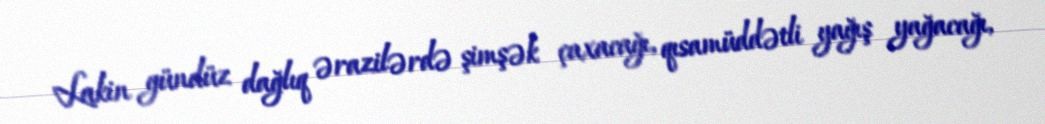
Lakin gündüz dağlıq ərazilərdə şimşək çaxacağı, qısamüddətli yağış yağacağı,